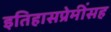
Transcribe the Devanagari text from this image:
इतिहासप्रेमींसह